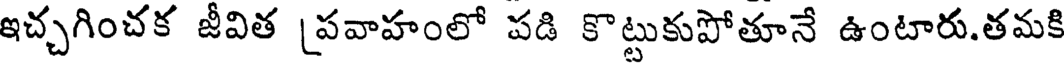
ఇచ్చగించక జీవిత ప్రవాహంలో పడి కొట్టుకుపోతూనే ఉంటారు.తమకి